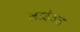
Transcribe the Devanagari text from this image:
लाउंजस